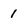
Character: 1